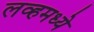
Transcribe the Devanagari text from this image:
लव्हमध्ये